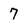
Character: 7